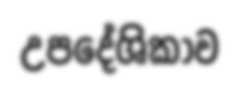
උපදේශිකාව